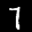
Label: 7